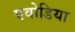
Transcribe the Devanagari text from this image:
एवोडिया